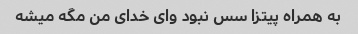
به همراه پیتزا سس نبود وای خدای من مگه میشه